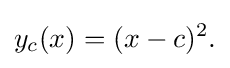
y_{c}(x)=(x-c)^{2}.\,\!